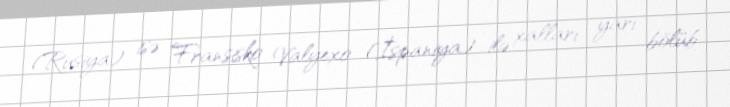
(Rusiya) isə Fransisko Valyexo (İspaniya) ilə xalları yarı bölüb.